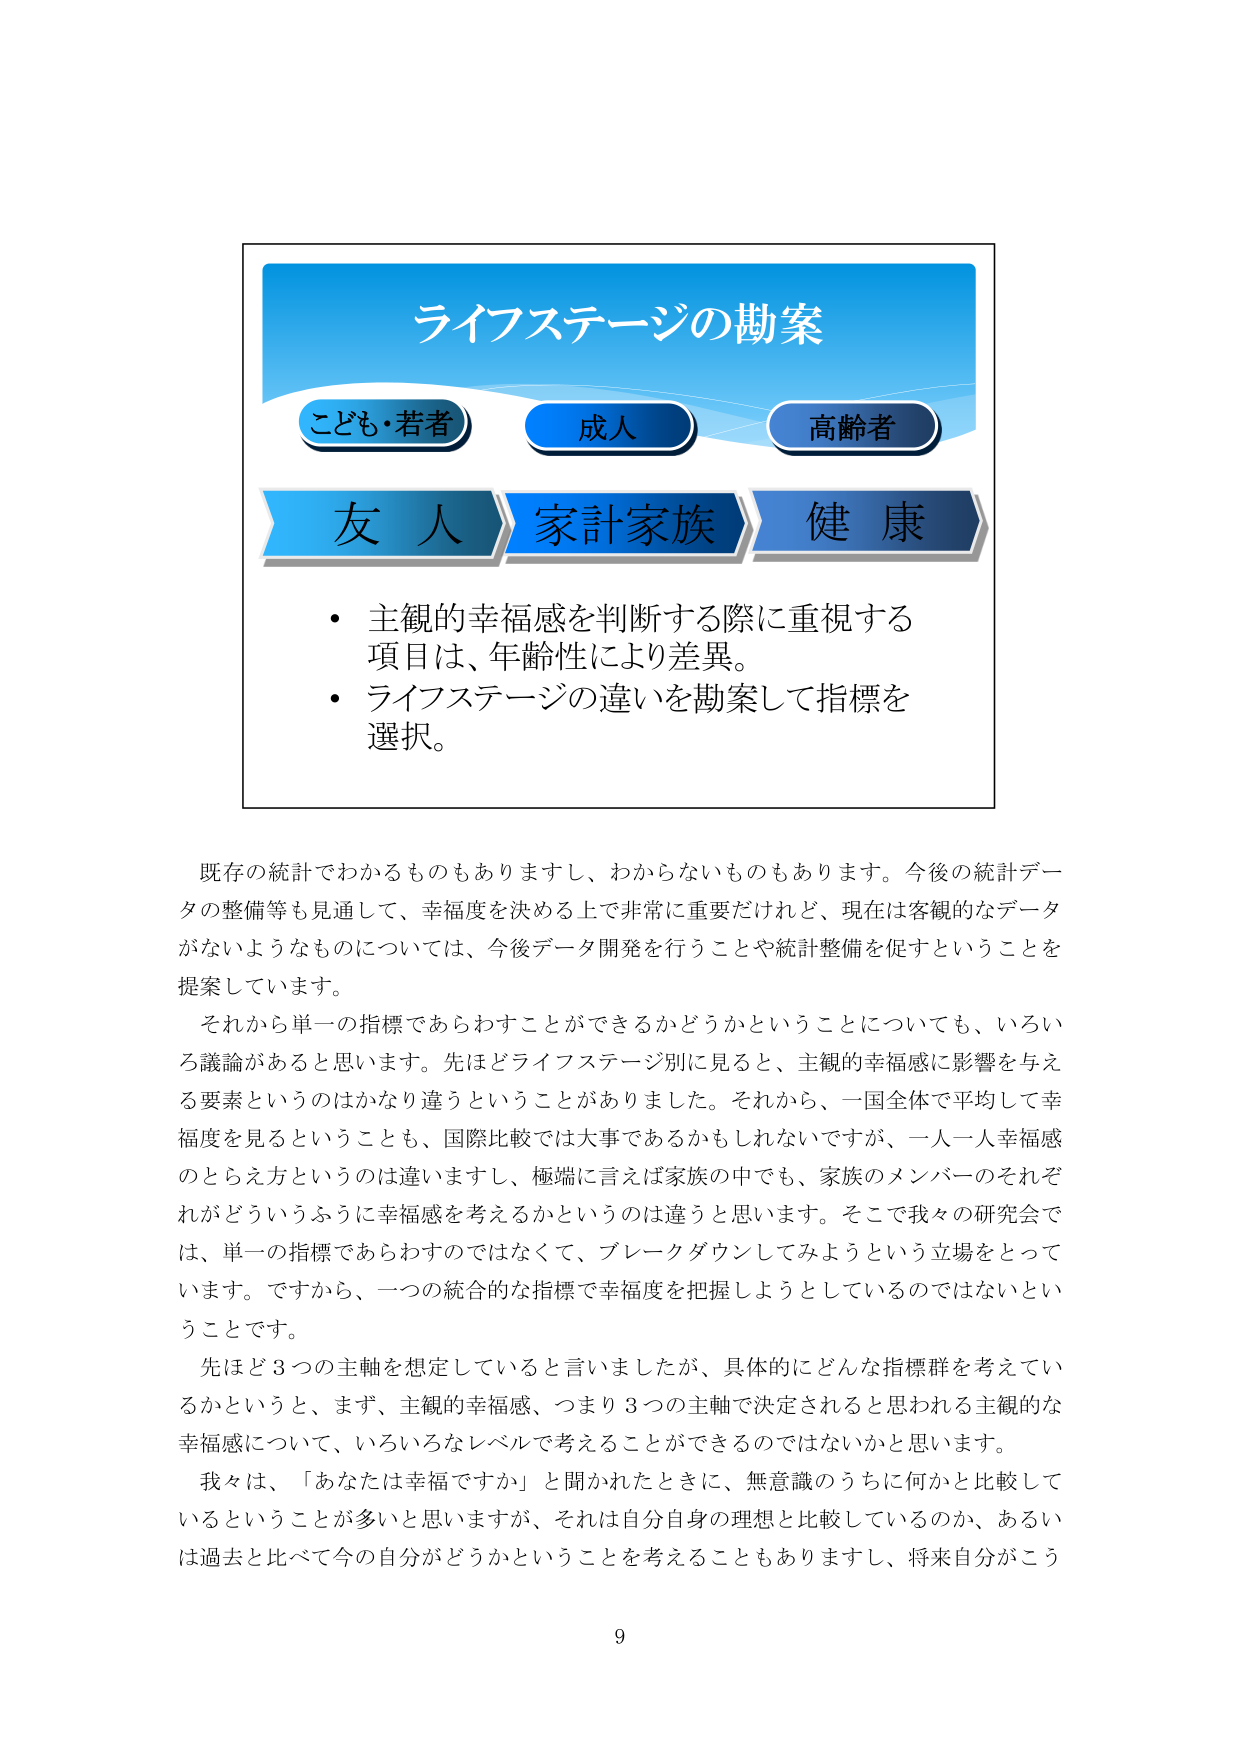
ライフステージの勘案
こども・若者　　成人　　高齢者
友人　　家計家族　　健康
・主観的幸福感を判断する際に重視する項目は、年齢性により差異。
・ライフステージの違いを勘案して指標を選択。

既存の統計でわかるものもありますし、わからないものもあります。今後の統計データの整備等も見通して、幸福度を決める上で非常に重要だけれど、現在は客観的なデータがないようなものについては、今後データ開発を行うことや統計整備を促すということを提案しています。
それから単一の指標であらわすことができるかどうかということについても、いろいろ議論があると思います。先ほどライフステージ別に見ると、主観的幸福感に影響を与える要素というのはかなり違うということがありました。それから、一国全体で平均して幸福度を見るということも、国際比較では大事であるかもしれませんが、一人一人幸福感のとらえ方というのは違いますし、極端に言えば家族の中でも、家族のメンバーのそれぞれがどういうふうに幸福感を考えるかというのは違うと思います。そこで我々の研究会では、単一の指標であらわすのではなくて、ブレークダウンしてみようという立場をとっています。ですから、一つの統合的な指標で幸福度を把握しようとしているのではないということです。
先ほど3つの主軸を想定していると言いましたが、具体的にどんな指標群を考えているかというと、まず、主観的幸福感、つまり3つの主軸で決定されると思われる主観的な幸福感について、いろいろなレベルで考えることができるのではないかと思います。
我々は、「あなたは幸福ですか」と聞かれたときに、無意識のうちに何かと比較しているということが多いと思いますが、それは自分自身の理想と比較しているのか、あるいは過去と比べて今の自分がどうかということを考えることもありますし、将来自分がこう

9